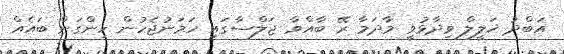
އަބްދު ޚަލީލް ވިދާޅުވީ މާދަމާ ރޭ ބާއްވާ ޖަލްސާގައި ހަމަނުޖެހުން ހިންގަން ބައެއް